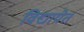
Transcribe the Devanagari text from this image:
विद्यायेत